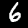
Label: 6